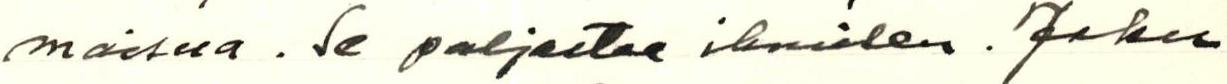
maisua. Se paljastaa ihmisen. Joku